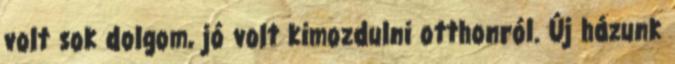
volt sok dolgom, jó volt kimozdulni otthonról. Új házunk